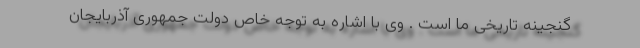
گنجینه تاریخی ما است . وی با اشاره به توجه خاص دولت جمهوری آذربایجان